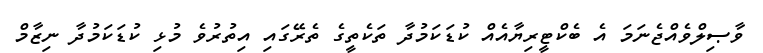
ވާޞިލްވެއްޖެނަމަ އެ ބެކްޓީރިޔާއެއް ކުޑަކަމުދާ ތަކެތީގެ ތެރޭގައި އިތުރުވެ މުޅި ކުޑަކަމުދާ ނިޒާމް